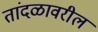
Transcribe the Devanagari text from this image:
तांदळावरील